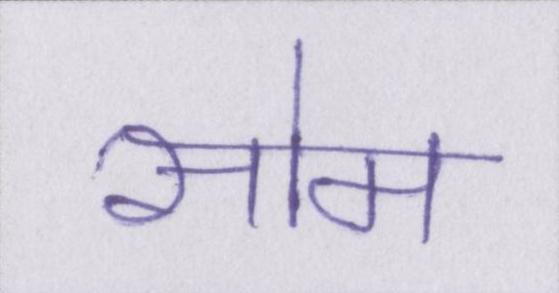
सोम